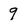
Character: 9